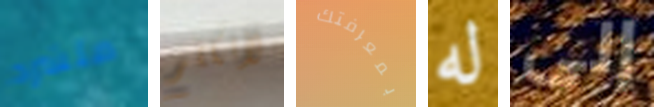
متشرد لأتكلم بمعرفتك له إلى